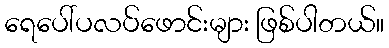
ရေပေါ်ပလပ်ဖောင်းများ ဖြစ်ပါတယ်။